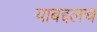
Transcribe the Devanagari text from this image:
याबद्दलच